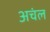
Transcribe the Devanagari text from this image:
अचंल